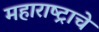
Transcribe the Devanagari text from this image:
महाराष्‍ट्राचे